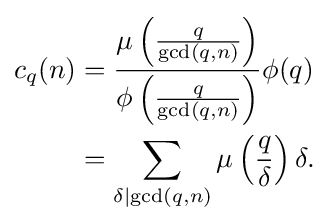
{\begin{aligned}c_{q}(n)&={\frac {\mu \left({\frac {q}{\gcd(q,n)}}\right)}{\phi \left({\frac {q}{\gcd(q,n)}}\right)}}\phi (q)\\&=\sum _{\delta \mid \gcd(q,n)}\mu \left({\frac {q}{\delta }}\right)\delta .\end{aligned}}